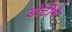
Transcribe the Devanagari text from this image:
डोटीमे